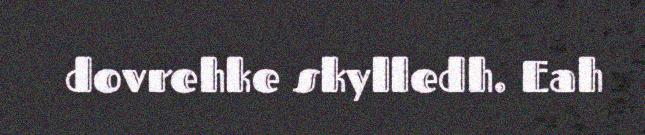
dovrehke skylledh. Eah